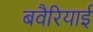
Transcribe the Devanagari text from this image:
बवैरियाई